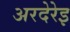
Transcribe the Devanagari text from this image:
अरदेरेइ